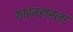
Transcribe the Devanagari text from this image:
शाहजहानला